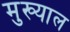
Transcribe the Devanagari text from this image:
मुख्याल